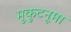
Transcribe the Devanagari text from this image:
मुकुटनूमा